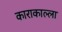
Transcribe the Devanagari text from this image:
काराकाल्ला